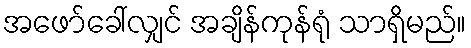
အဖော်ခေါ်လျှင် အချိန်ကုန်ရုံ သာရှိမည်။